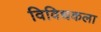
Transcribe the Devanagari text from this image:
विविधकला